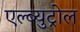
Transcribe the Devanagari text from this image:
एल्ब्युट्रोल